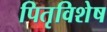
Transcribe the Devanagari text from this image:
पितृविशेष